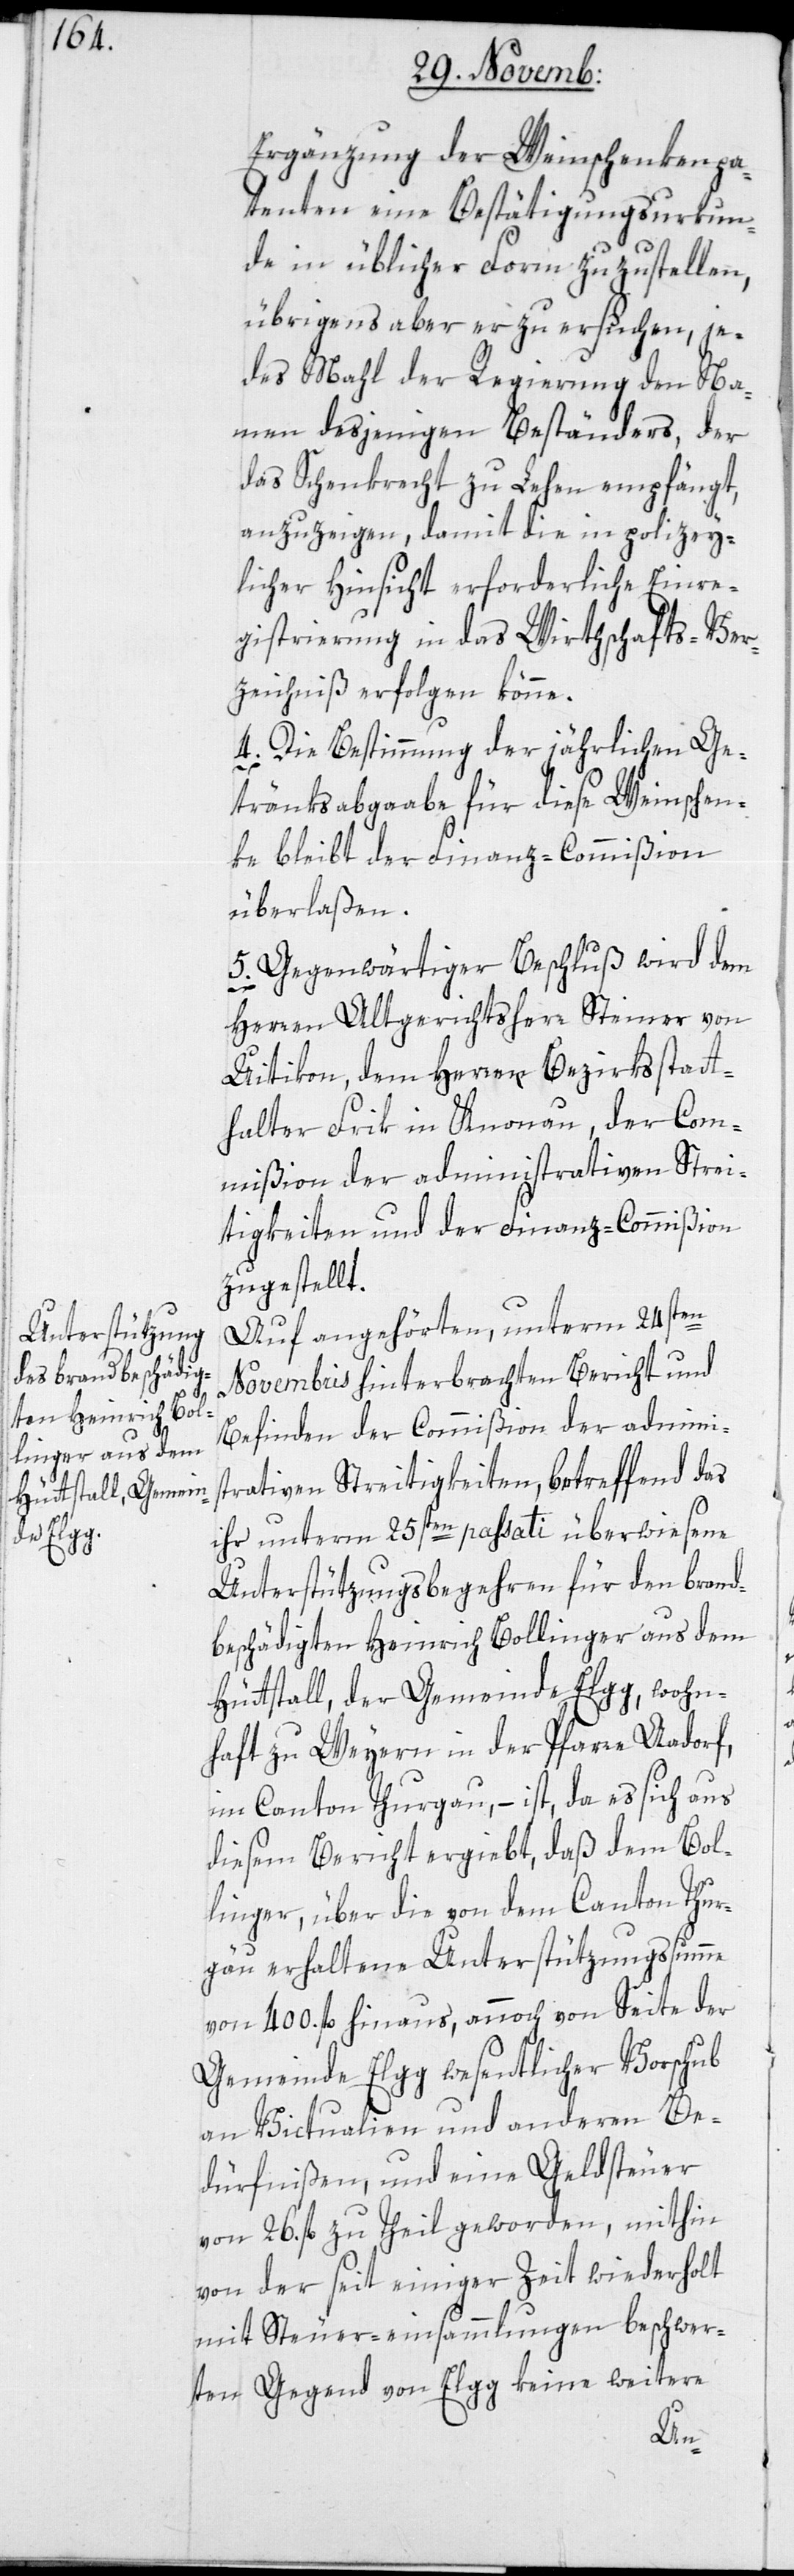
Ergänzung der Weinschenkenpa¬
tenten eine Bestätigungsurkun¬
de in üblicher Form zuzustellen,
übrigens aber er zu ersuchen, je¬
des Mahl der Regierung den Na¬
men desjenigen Beständers, der
das Schenkrecht zu Lehen empfängt,
anzuzeigen, damit die in polizey¬
licher Hinsicht erforderliche Einre¬
gistrierung in das Wirthschafts-Ver¬
zeichniß erfolgen könne.
4. Die Bestimmung der jährlichen Ge¬
tränksabgaabe für diese Weinschen¬
ke bleibt der Finanz-Commißion
überlaßen.
5. Gegenwärtiger Beschluß wird dem
Herren Altgerichtsherr Steiner von
Uitikon, dem Herren Bezirksstatt¬
halter Frik in Knonau, der Com¬
mißion der administrativen Strei¬
tigkeiten und der Finanz-Commißion
zugestellt.
Auf angehörten, unterm 24sten
Novembris hinterbrachten Bericht und
Befinden der Commißion der admini¬
strativen Streitigkeiten, betreffend das
ihr unterm 25sten passati überwiesene
Unterstützungsbegehren für den brand¬
beschädigten Heinrich Bollinger aus dem
Hüttstall, der Gemeinde Elgg, wohn¬
haft zu Weyern in der Pfarre Aadorf,
im Canton Thurgau, – ist, da es sich aus
diesem Bericht ergiebt, daß dem Bol¬
linger, über die von dem Canton Thur¬
gau erhaltene Unterstützungssumme
von 400. fl. hinaus, annoch von Seite der
Gemeinde Elgg wesentlicher Vorschub
an Victualien und anderen Be¬
dürfnißen, und eine Geldsteuer
von 26. fl. zu Theil geworden, mithin
von der seit einiger Zeit wiederholt
mit Steuer-einsammlungen beschwer¬
ten Gegend von Elgg keine weitere